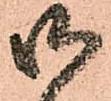
御